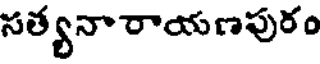
సత్యనారాయణపురం